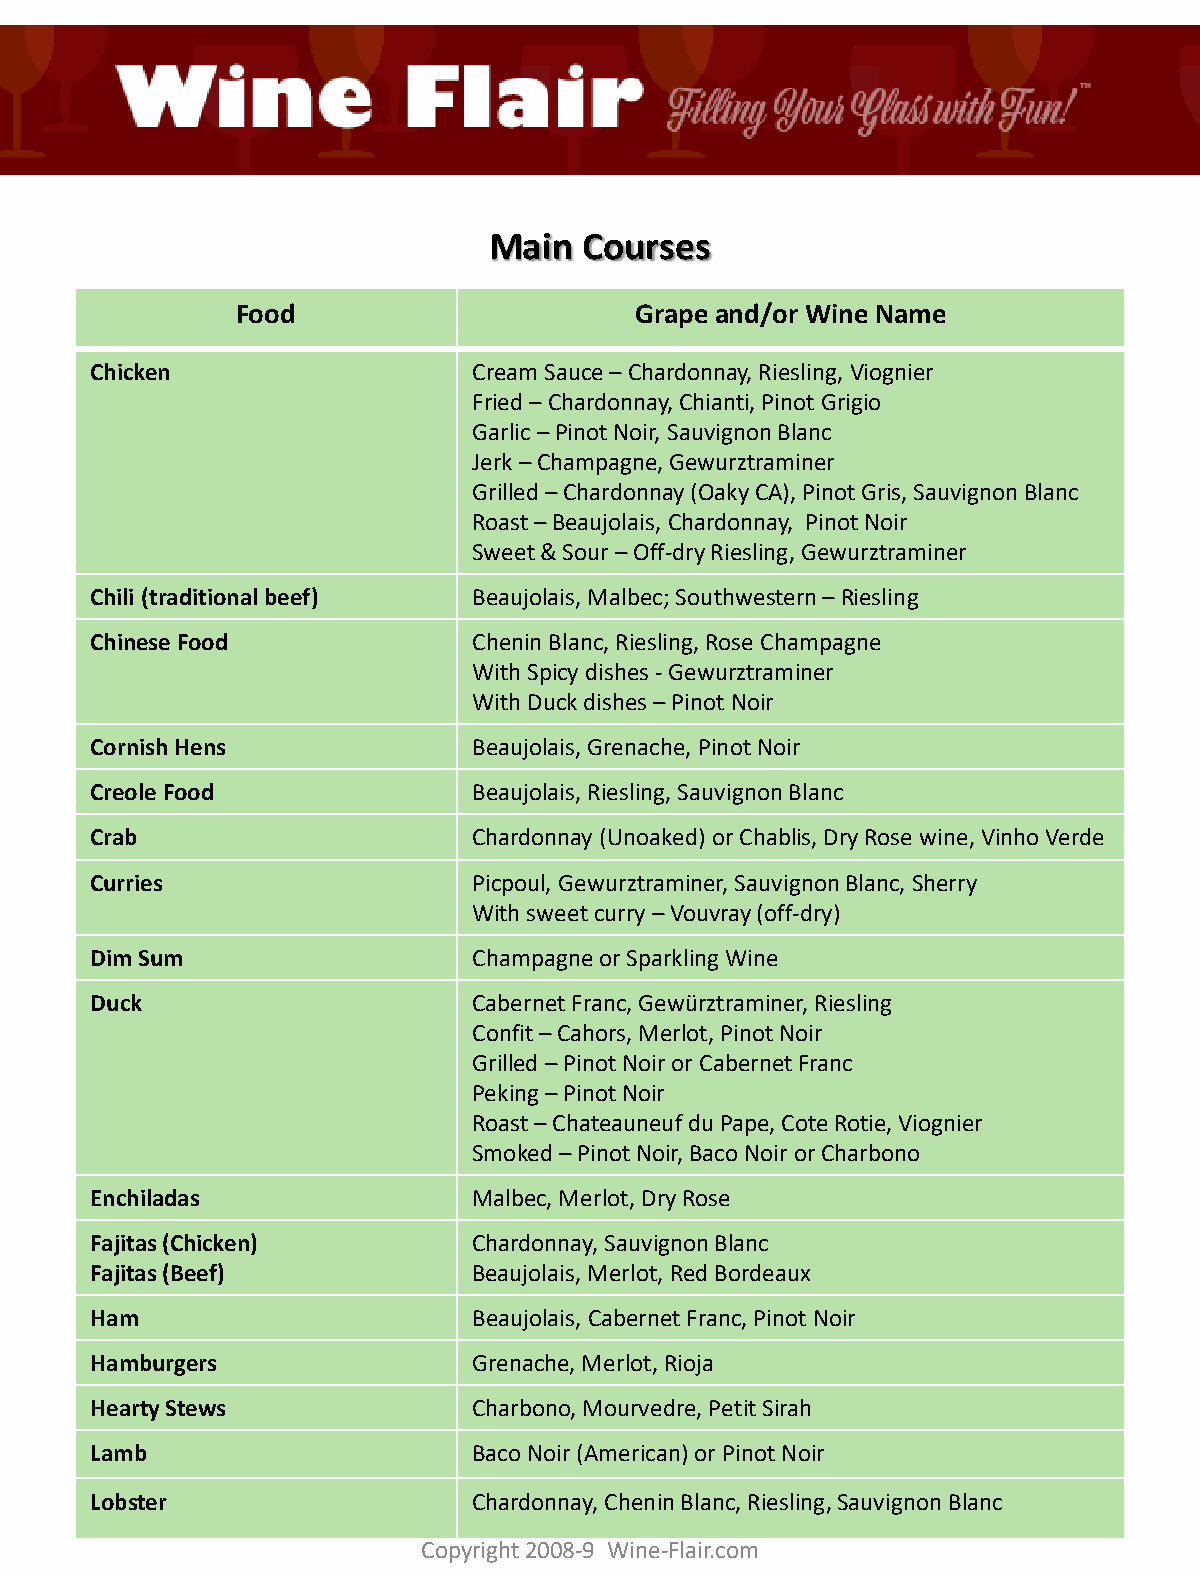
Main   Courses
 Food                      Grape and/or Wine Name
 Chicken                  Cream Sauce –Chardonnay, Riesling, Viognier
 Fried –Chardonnay, Chianti, Pinot Grigio
 Garlic –Pinot Noir, Sauvignon Blanc
 Jerk –Champagne, Gewurztraminer
 Grilled –Chardonnay (Oaky CA), Pinot Gris, Sauvignon Blanc
 Roast –Beaujolais, Chardonnay, Pinot Noir
 Sweet & Sour –Off-dry Riesling, Gewurztraminer
 Chili (traditional beef) Beaujolais, Malbec; Southwestern –Riesling
 Chinese Food             Chenin Blanc, Riesling, Rose Champagne
 With Spicy dishes -Gewurztraminer
 With Duck dishes –Pinot Noir
 Cornish Hens             Beaujolais, Grenache, Pinot Noir
 Creole Food              Beaujolais, Riesling, Sauvignon Blanc
 Crab                     Chardonnay (Unoaked) or Chablis, Dry Rose wine, Vinho Verde
 Curries                  Picpoul, Gewurztraminer, SauvignonBlanc, Sherry
 With sweet curry –Vouvray (off-dry)
 Dim Sum                  Champagne or Sparkling Wine
 Duck                     Cabernet Franc, Gewürztraminer, Riesling
 Confit –Cahors, Merlot, Pinot Noir
 Grilled –Pinot Noir or Cabernet Franc
 Peking –Pinot Noir
 Roast –Chateauneuf du Pape, Cote Rotie, Viognier
 Smoked –Pinot Noir, Baco Noir or Charbono
 Enchiladas               Malbec, Merlot, Dry Rose
 Fajitas (Chicken)        Chardonnay, SauvignonBlanc
 Fajitas (Beef)           Beaujolais, Merlot, Red Bordeaux
 Ham                      Beaujolais,Cabernet Franc, Pinot Noir
 Hamburgers               Grenache, Merlot, Rioja
 Hearty Stews             Charbono, Mourvedre, Petit Sirah
 Lamb                     Baco Noir (American) or Pinot Noir
 Lobster                  Chardonnay, Chenin Blanc, Riesling,Sauvignon Blanc
 Copyright 2008-9 Wine-Flair.com